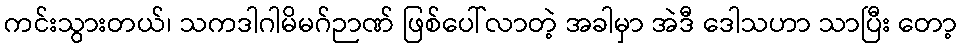
ကင်းသွားတယ်၊ သကဒါဂါမိမဂ်ဉာဏ် ဖြစ်ပေါ်လာတဲ့ အခါမှာ အဲဒီ ဒေါသဟာ သာပြီး တော့